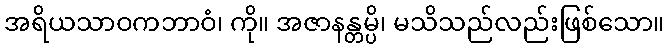
အရိယသာဝကဘာဝံ၊ ကို။ အဇာနန္တမ္ပိ၊ မသိသည်လည်းဖြစ်သော။